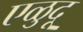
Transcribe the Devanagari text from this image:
एळुदू